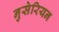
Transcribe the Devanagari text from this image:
नुसेरियन